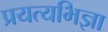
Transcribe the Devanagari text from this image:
प्रयत्यभिज्ञा